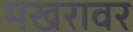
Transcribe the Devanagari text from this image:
मखरावर